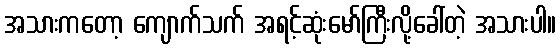
အသားကတော့ ကျောက်သက် အရင့်ဆုံးမော်ကြီးလို့ခေါ်တဲ့ အသားပါ။